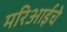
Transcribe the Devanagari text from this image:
मरिआईचे